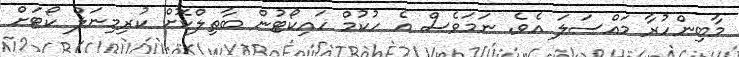
މާބިންހުރާ މައްސަލަ އެވެ. ނަމަވެސް އެ ހުކުމް ހައިކޯޓުން ބާތިލްކޮށް ކުރިމިނަލް ކޯޓަށް